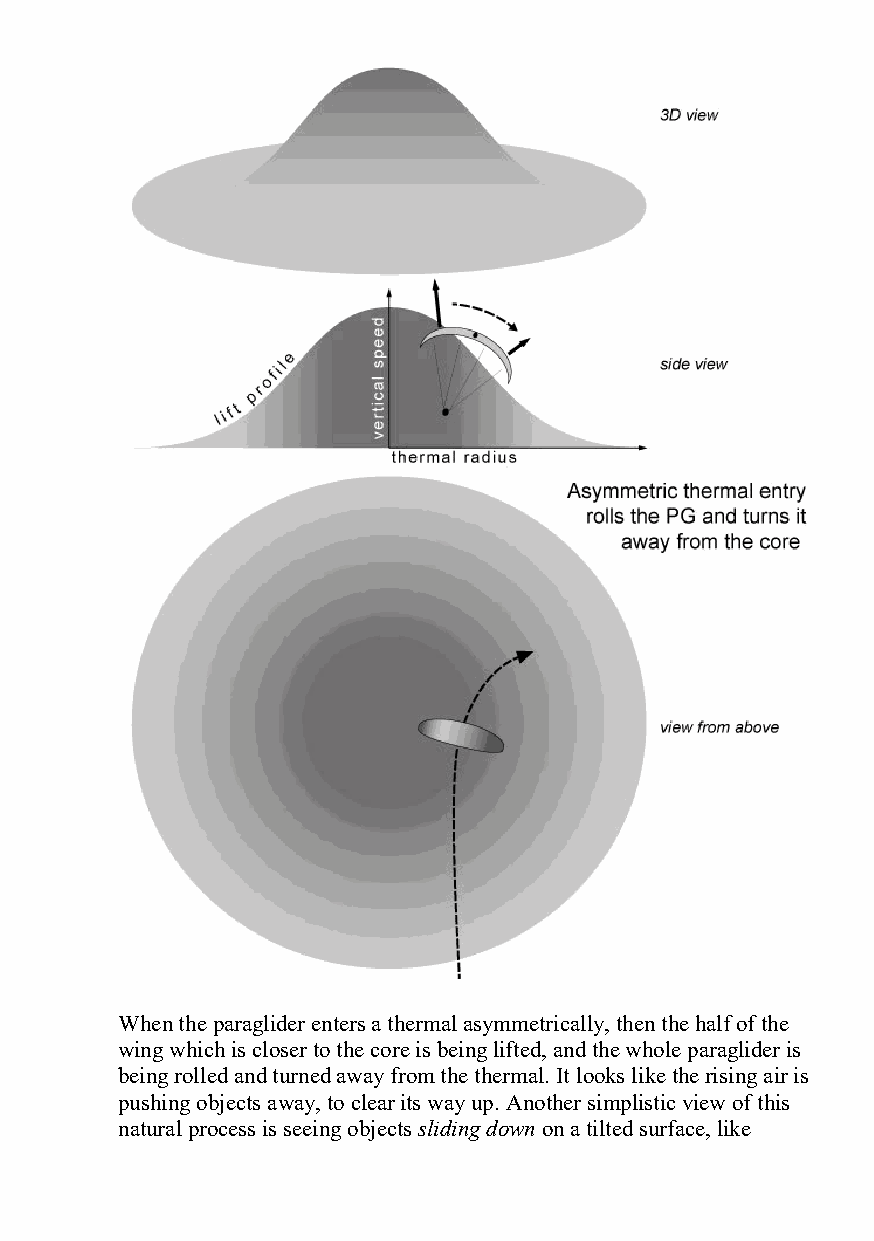
When the paraglider enters a thermal asymmetrically, then the half of the
 wing which is closer to the core is being lifted, and the whole paraglider is
 being rolled and turned away from the thermal. It looks like the rising air is
 pushing objects away, to clear its way up. Another simplistic view of this
 natural process is seeing objects sliding down on a tilted surface, like